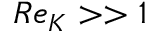
R e _ { K } > > 1